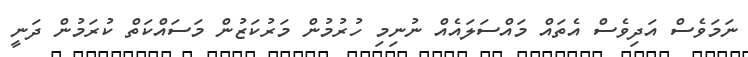
ނަމަވެސް އަދިވެސް އެތައް މައްސަލައެއް ނުނިމި ހުރުމުން މަރުކަޒުން މަސައްކަތް ކުރަމުން ދަނީ